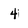
Character: 4